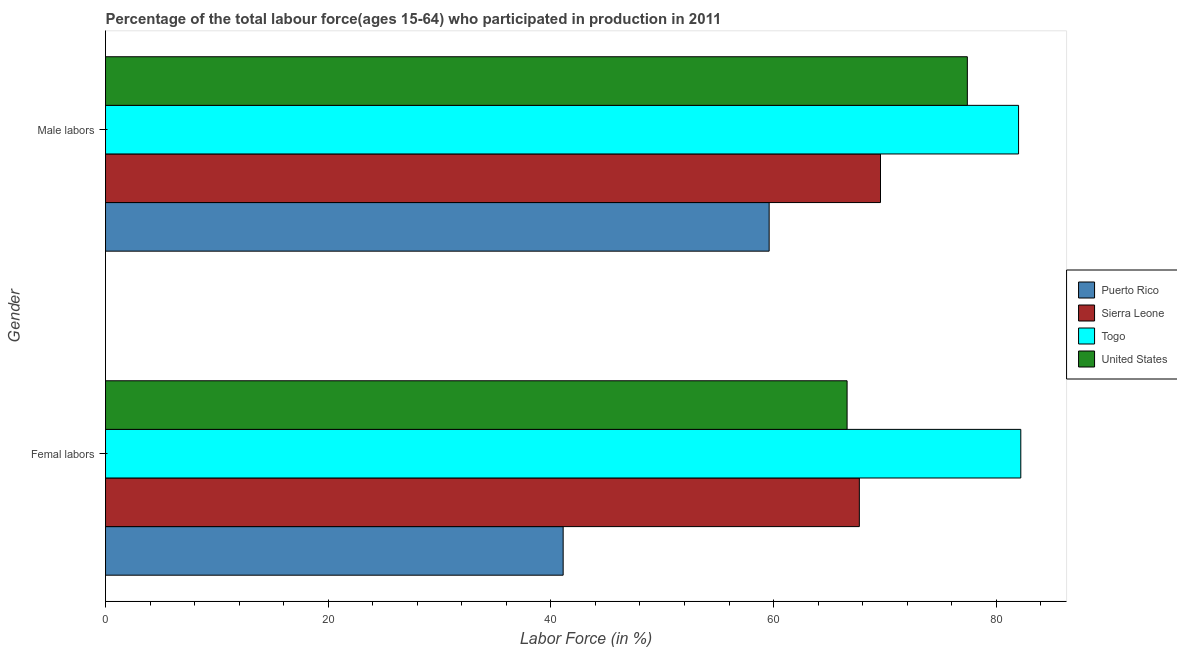
| Gender | Puerto Rico | Sierra Leone | Togo | United States |
 | --- | --- | --- | --- | --- |
 | Femal labors | 41.1 | 67.7 | 82.2 | 66.6 |
 | Male labors | 59.6 | 69.6 | 82 | 77.4 |